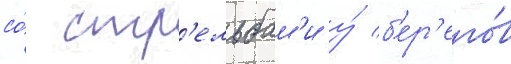
со́ стр'ельбам'и у́ б'ер'его́в